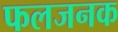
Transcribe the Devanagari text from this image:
फलजनक